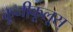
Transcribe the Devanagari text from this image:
कूनीकूलूस्